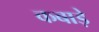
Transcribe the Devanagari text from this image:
कबाड़े